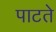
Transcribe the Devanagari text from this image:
पाटते